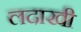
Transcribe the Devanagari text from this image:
लदाखी